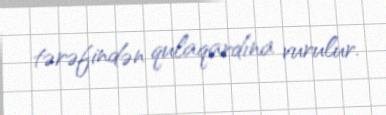
tərəfindən qulaqardına vurulur.